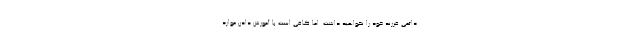
دائمی فرزند خود را نخواهید داشت. اما کافی است با آموزش دادن موارد